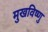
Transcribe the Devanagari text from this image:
मुखविष्णु